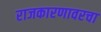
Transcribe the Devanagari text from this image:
राजकारणावरचा